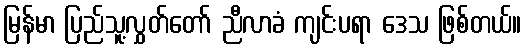
မြန်မာ ပြည်သူ့လွှတ်တော် ညီလာခံ ကျင်းပရာ ဒေသ ဖြစ်တယ်။